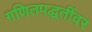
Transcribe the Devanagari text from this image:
गणितपद्धतींवर